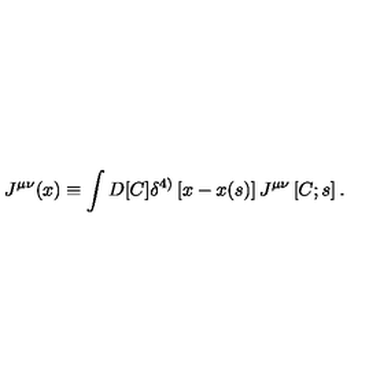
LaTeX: J ^ { \mu \nu } ( x ) \equiv \int D [ C ] \delta ^ { 4 ) } \left[ x - x ( s ) \right] J ^ { \mu \nu } \left[ C ; s \right] .